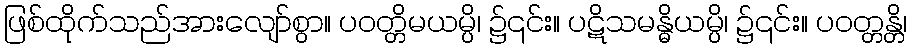
ဖြစ်ထိုက်သည်အားလျော်စွာ။ ပဝတ္တိမယမ္ပိ၊ ၌၎င်း။ ပဋိသမန္ဓိယမ္ပိ၊ ၌၎င်း။ ပဝတ္တန္တိ၊